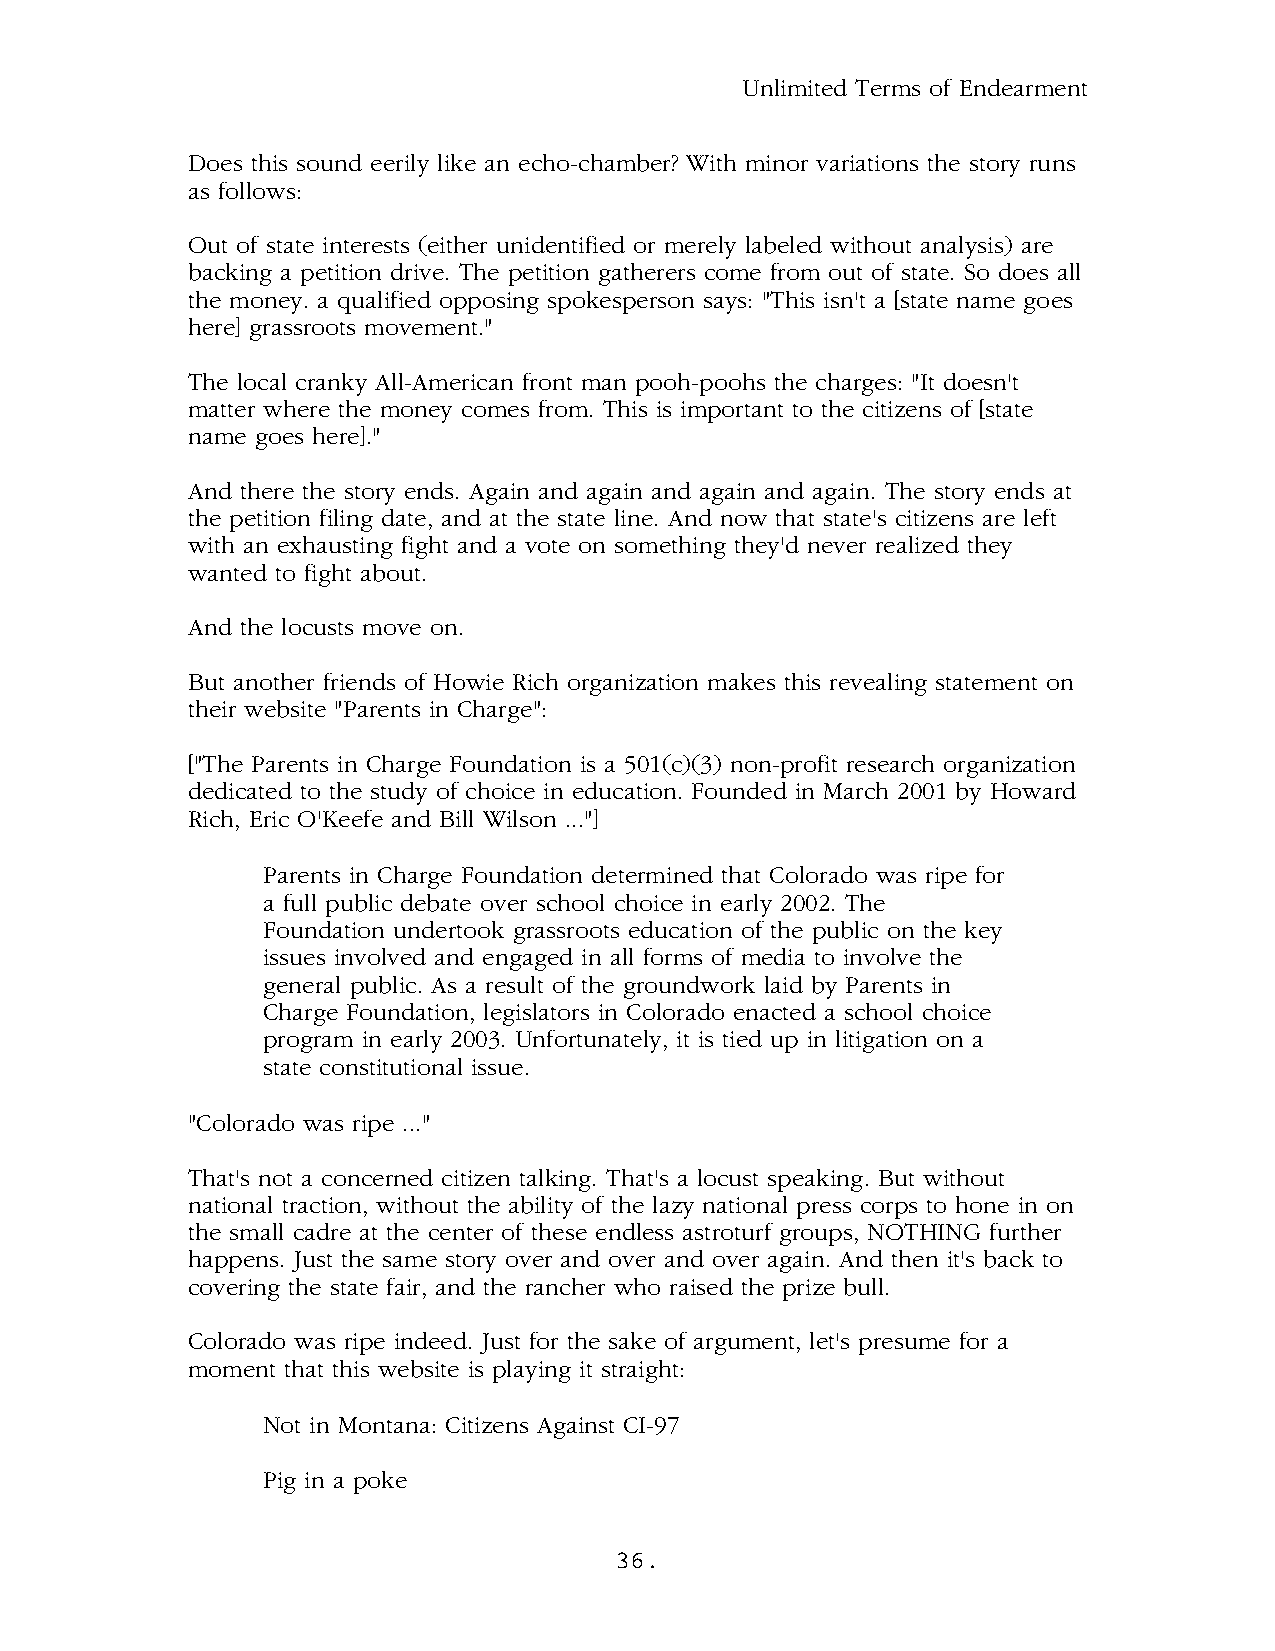
Unlimited Terms of Endearment
 Does this sound eerily like an echo-chamber? With minor variations the story runs
 as follows:
 Out of state interests (either unidentified or merely labeled without analysis) are
 backing a petition drive. The petition gatherers come from out of state. So does all
 the money. a qualified opposing spokesperson says: "This isn't a [state name goes
 here] grassroots movement."
 The local cranky All-American front man pooh-poohs the charges: "It doesn't
 matter where the money comes from. This is important to the citizens of [state
 name goes here]."
 And there the story ends. Again and again and again and again. The story ends at
 the petition filing date, and at the state line. And now that state's citizens are left
 with an exhausting fight and a vote on something they'd never realized they
 wanted to fight about.
 And the locusts move on.
 But another friends of Howie Rich organization makes this revealing statement on
 their website "Parents in Charge":
 ["The Parents in Charge Foundation is a 501(c)(3) non-profit research organization
 dedicated to the study of choice in education. Founded in March 2001 by Howard
 Rich, Eric O'Keefe and Bill Wilson ..."]
 Parents in Charge Foundation determined that Colorado was ripe for
 a full public debate over school choice in early 2002. The
 Foundation undertook grassroots education of the public on the key
 issues involved and engaged in all forms of media to involve the
 general public. As a result of the groundwork laid by Parents in
 Charge Foundation, legislators in Colorado enacted a school choice
 program in early 2003. Unfortunately, it is tied up in litigation on a
 state constitutional issue.
 "Colorado was ripe ..."
 That's not a concerned citizen talking. That's a locust speaking. But without
 national traction, without the ability of the lazy national press corps to hone in on
 the small cadre at the center of these endless astroturf groups, NOTHING further
 happens. Just the same story over and over and over again. And then it's back to
 covering the state fair, and the rancher who raised the prize bull.
 Colorado was ripe indeed. Just for the sake of argument, let's presume for a
 moment that this website is playing it straight:
 Not in Montana: Citizens Against CI-97
 Pig in a poke
 36.